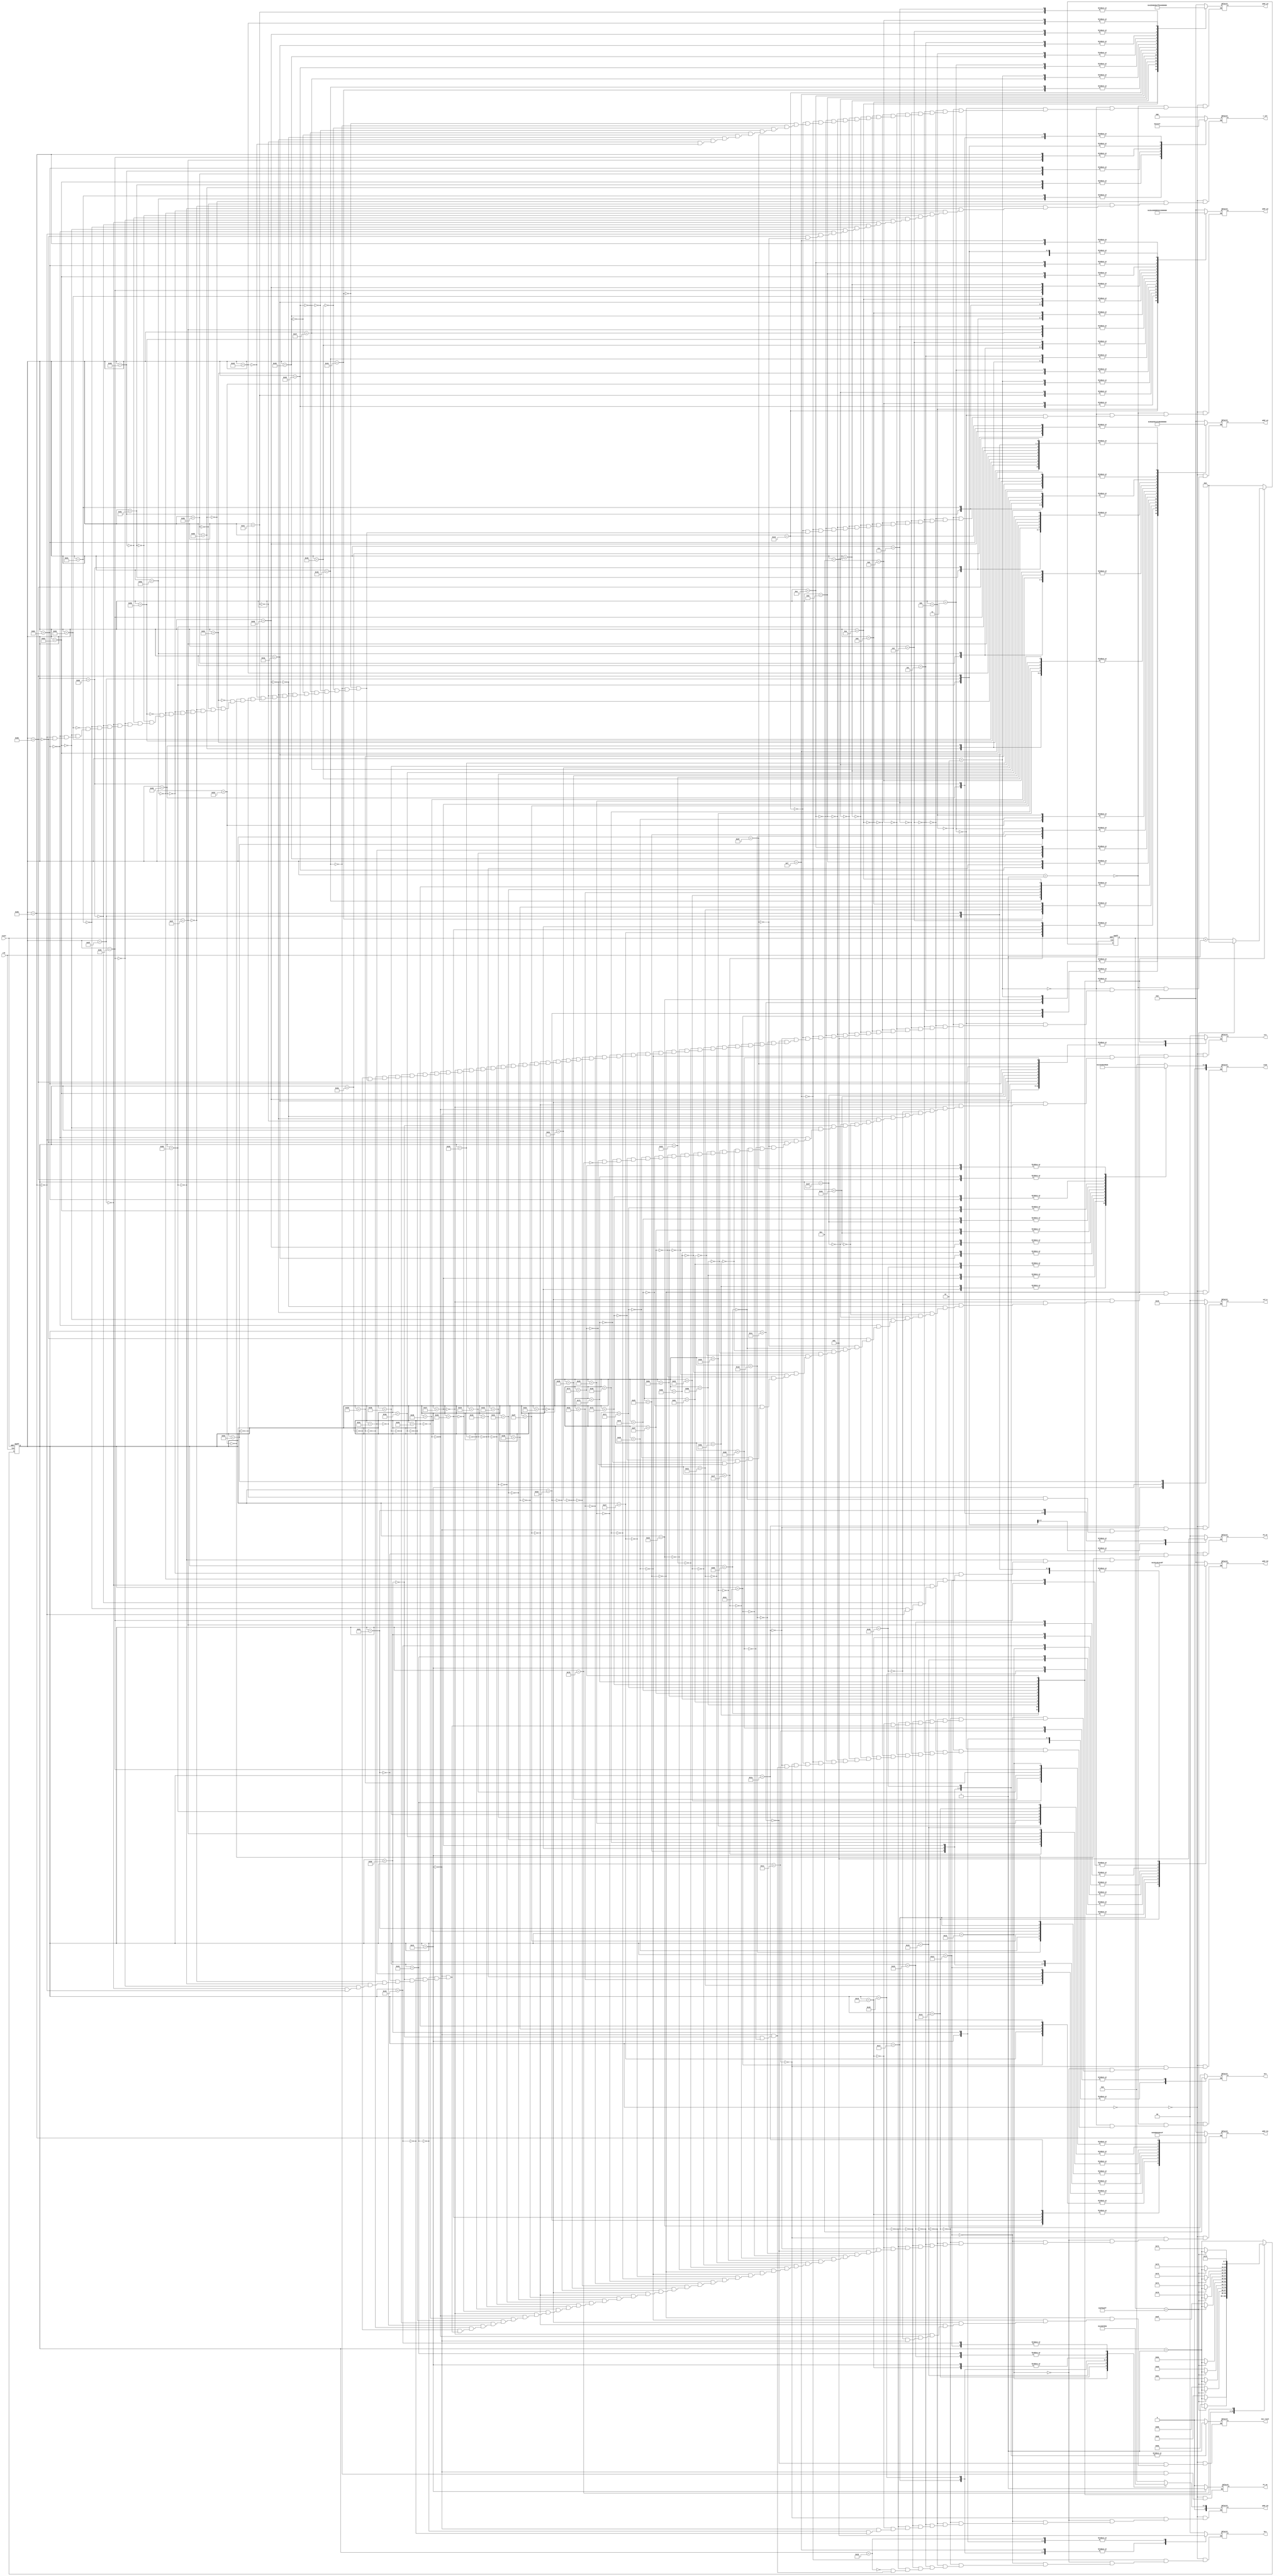
module Controller ( 	
  input clk,
	input reset,
	output reg P1_en,  //filter hold for 3x3
	output reg [1:0] P2_en, //filter hold for 2x2 rows
	output reg mux_reset,   //after serial conv
  output reg [2:0] c_sel, //1: acc 00 at c11
  output reg [1:0] sel_m, //00: 0, 01: s 10: 3x3 11: 2x2
  output reg [4:0] addr_a1,
  output reg [4:0] addr_a2,
  output reg [4:0] addr_a3,
  output reg [4:0] addr_b1,
  output reg [4:0] addr_b2,
  output reg [4:0] addr_b3,
  output reg [4:0] cond,
  output reg [1:0] arw,
  output reg [1:0] brw, 
  output reg [1:0] crw //11: read, 10:write, else: 0 	      
  );
	


reg [7:0] state;
reg [7:0] next_state;

reg [26:0] clk_cnt; 

parameter [26:0] COUNT_MAX = 99999999;

//parameter setting//
parameter INITIAL=0,  SERIAL_START=26, SERIAL_END=64, P1_START=65, P1_END=79, P2_START=80, P2_END=104, DISPLAY_S_C11=105, DISPLAY_S_C12=106, 
DISPLAY_S_C21=107, DISPLAY_S_C22=108, DISPLAY_3X3_C11=109, DISPLAY_3X3_C12=110, DISPLAY_3X3_C21=111, DISPLAY_3X3_C22=112,
DISPLAY_2X2_C11=113, DISPLAY_2X2_C12=114, DISPLAY_2X2_C21=115, DISPLAY_2X2_C22=116, END=117;

parameter add11=5'd0, add12=5'd1, add13=5'd2, add14=5'd3, add21=5'd4, add22=5'd5, add23=5'd6, add24=5'd7, add31=5'd8, add32=5'd9, add33=5'd10, 
add34=5'd11, add41=5'd12, add42=5'd13, add43=5'd14, add44=5'd15, bdd11=5'd0, bdd12=5'd1, bdd13=5'd2, bdd21=5'd3, bdd22=5'd4, bdd23=5'd5,
bdd31=5'd6, bdd32=5'd7, bdd33=5'd8, add00=5'b11111, bdd00=5'b11111;

always @ (state or clk_cnt)//DISPLAY STATE
begin
	case (state)
		DISPLAY_S_C11 : begin
			if (clk_cnt == COUNT_MAX)
				next_state = state + 8'd1;
			else
				next_state = DISPLAY_S_C11;
		end
		DISPLAY_S_C12 : begin
			if (clk_cnt == COUNT_MAX)
				next_state = state + 8'd1;
			else
				next_state = DISPLAY_S_C12;
		end
		DISPLAY_S_C21 : begin
			if (clk_cnt == COUNT_MAX)
				next_state = state + 8'd1;
			else
				next_state = DISPLAY_S_C21;
		end
		DISPLAY_S_C22 : begin
			if (clk_cnt == COUNT_MAX)
				next_state = state + 8'd1;
			else
				next_state = DISPLAY_S_C22;
		end
		DISPLAY_3X3_C11 : begin
			if (clk_cnt == COUNT_MAX)
				next_state = state + 8'd1;
			else
				next_state = DISPLAY_3X3_C11;
		end
		DISPLAY_3X3_C12 : begin
			if (clk_cnt == COUNT_MAX)
				next_state = state + 8'd1;
			else
				next_state = DISPLAY_3X3_C12;
		end
		DISPLAY_3X3_C21 : begin
			if (clk_cnt == COUNT_MAX)
				next_state = state + 8'd1;
			else
				next_state = DISPLAY_3X3_C21;
		end
		DISPLAY_3X3_C22 : begin
			if (clk_cnt == COUNT_MAX)
				next_state = state + 8'd1;
			else
				next_state = DISPLAY_3X3_C22;
		end
		DISPLAY_2X2_C11 : begin
			if (clk_cnt == COUNT_MAX)
				next_state = state + 8'd1;
			else
				next_state = DISPLAY_2X2_C11;
		end
		DISPLAY_2X2_C12 : begin
			if (clk_cnt == COUNT_MAX)
				next_state = state + 8'd1;
			else
				next_state = DISPLAY_2X2_C12;
		end
		DISPLAY_2X2_C21 : begin
			if (clk_cnt == COUNT_MAX)
				next_state = state + 8'd1;
			else
				next_state = DISPLAY_2X2_C21;
		end													
		DISPLAY_2X2_C22 : begin
			if (clk_cnt == COUNT_MAX)
				next_state = state + 8'd1;
			else
				next_state = DISPLAY_2X2_C22;		
		end
		END : begin
			next_state = END;
		end
		default : begin
			next_state = state + 8'd1;
		end
	endcase
end

always @ (state) //OUTPUT
begin
  //
	case (state)
	  INITIAL: begin
	  P1_en=1'b0;  //filter hold for 3x3
	  P2_en=2'd0; //filter hold for 2x2 rows
	  mux_reset=1'b0;   //after serial conv
    c_sel=3'd0; //1: acc 00 at c11
    sel_m=2'd0; //00: 0, 01: s 10: 3x3 11: 2x2
    addr_a1=5'd0;
    addr_a2=5'd0;
    addr_a3=5'd0;
    addr_b1=5'd0;
    addr_b2=5'd0;
    addr_b3=5'd0;
    cond=5'd0;
    arw=2'b10;
    brw=2'd0; 
    crw=2'd0;
  end
    //Start: Write input
		8'd1 : begin 
		  arw=2'b10;
		  addr_a1<=5'd0; 		addr_a2<=5'd0; 		addr_a3<=5'd0; 
		end
		8'd2 : begin 
		  arw=2'b10;
		  addr_a1<=5'd1; 		addr_a2<=5'd1; 		addr_a3<=5'd1; 
		end
		8'd3 : begin 
		  arw=2'b10;
		  addr_a1<=5'd2; 		addr_a2<=5'd2; 		addr_a3<=5'd2; 
		end
		8'd4 : begin 
		  arw=2'b10;
		  addr_a1<=5'd3; 		addr_a2<=5'd3; 		addr_a3<=5'd3; 
		end
		8'd5 : begin 
		  arw=2'b10;
		  addr_a1<=5'd4; 		addr_a2<=5'd4; 		addr_a3<=5'd4; 
		end
		8'd6 : begin 
		  arw=2'b10;
		  addr_a1<=5'd5; 		addr_a2<=5'd5; 		addr_a3<=5'd5; 
		end
		8'd7 : begin 
		  arw=2'b10;
		  addr_a1<=5'd6; 		addr_a2<=5'd6; 		addr_a3<=5'd6; 
		end
		8'd8 : begin 
		  arw=2'b10;
		  addr_a1<=5'd7; 		addr_a2<=5'd7; 		addr_a3<=5'd7; 
		end
		8'd9 : begin 
		  arw=2'b10;
		  addr_a1<=5'd8; 		addr_a2<=5'd8; 		addr_a3<=5'd8; 
		end		
		8'd10 : begin 
		  arw=2'b10;
		  addr_a1<=5'd9; 		addr_a2<=5'd9; 		addr_a3<=5'd9; 
		end
		8'd11 : begin 
		  arw=2'b10;
		  addr_a1<=5'd10; 		addr_a2<=5'd10; 		addr_a3<=5'd10; 
		end
		8'd12 : begin 
		  arw=2'b10;
		  addr_a1<=5'd11; 		addr_a2<=5'd11; 		addr_a3<=5'd11; 
		end
		8'd13 : begin 
		  arw=2'b10;
		  addr_a1<=5'd12; 		addr_a2<=5'd12; 		addr_a3<=5'd12; 
		end
		8'd14: begin 
		  arw=2'b10;
		  addr_a1<=5'd13; 		addr_a2<=5'd13; 		addr_a3<=5'd13; 
		end
		8'd15: begin 
		  arw=2'b10;
		  brw=2'b10;
		  addr_a1<=5'd14; 		addr_a2<=5'd14; 		addr_a3<=5'd14; 
		end
		8'd16: begin 
		  arw=2'b10;

		  addr_a1<=5'd15; 		addr_a2<=5'd15; 		addr_a3<=5'd15; 
		end

		8'd17: begin //filter input
			arw=2'b00;

		  addr_b1<=5'd0; 		addr_b2<=5'd0; 		addr_b3<=5'd0; 
		end
		8'd18: begin 
		  brw=2'b10;
		  addr_b1<=5'd1; 		addr_b2<=5'd1; 		addr_b3<=5'd1; 
		end
		8'd19: begin 
		  brw=2'b10;
		  addr_b1<=5'd2; 	 addr_b2<=5'd2; 		addr_b3<=5'd2; 
		end
		8'd20: begin 
		  brw=2'b10;
		  addr_b1<=5'd3; 	 addr_b2<=5'd3; 		addr_b3<=5'd3; 
		end
		8'd21: begin 
		  brw=2'b10;
		  addr_b1<=5'd4; 		addr_b2<=5'd4; 		addr_b3<=5'd4; 
		end
		8'd22: begin 
		  brw=2'b10;
		  addr_b1<=5'd5; 		addr_b2<=5'd5; 		addr_b3<=5'd5; 
		end
		8'd23: begin 
		  brw=2'b10;
		  addr_b1<=5'd6; 		addr_b2<=5'd6; 		addr_b3<=5'd6; 
		end
		8'd24: begin 
		  brw=2'b10;
		  addr_b1<=5'd7; 		addr_b2<=5'd7; 		addr_b3<=5'd7; 
		end
		8'd25: begin 

		  addr_b1<=5'd8; 		addr_b2<=5'd8; 		addr_b3<=5'd8; 
		end	
									
///////////////////////////////////////////////////////////////////////
		// Serial mode
       // Serial mode
		SERIAL_START : begin
		//module initiate
  		  arw=2'b11;

      sel_m <=2'b01;
			addr_a1 <= add11;
			addr_b1 <= bdd33;
		end
		8'd27 : begin
		  		  brw=2'b11;
		  
end
		// C11 starts
		8'd28 : begin
			mux_reset = 1'b0; 
			addr_a1 <= add12;
			addr_b1 <= bdd32;
		end
		8'd29 : begin
			addr_a1 <= add13;
			addr_b1 <= bdd31;
		end
		8'd30 : begin
			addr_a1 <= add21;
			addr_b1 <= bdd23;
		end
		8'd31 : begin
			addr_a1 <= add22;
			addr_b1 <= bdd22;
		end
		8'd32 : begin
			addr_a1 <= add23;
			addr_b1 <= bdd21;
		end
		8'd33 : begin
			addr_a1 <= add31;
			addr_b1 <= bdd13;
		end
		8'd34 : begin
			addr_a1 <= add32;
			addr_b1 <= bdd12;
		end
		8'd35 : begin
			addr_a1 <= add33;
			addr_b1 <= bdd11;
		end
		
	  8'd36 : begin
 			//C11 Write: CM to data need a wire
			addr_a1 <= add12;  
			addr_b1 <= bdd33;

		end
		// C12 START				
		8'd37 : begin

			crw=2'b10; cond=5'd0;
			addr_a1 <= add13;
			addr_b1 <= bdd32;
			mux_reset = 1'b1;
		end
		8'd38 : begin
		  		  crw=2'b00;
		  mux_reset = 1'b0;
			addr_a1 <= add14;
			addr_b1 <= bdd31;
		end
		8'd39 : begin
			addr_a1 <= add22;
			addr_b1 <= bdd23;
		end
		8'd40 : begin
			addr_a1 <= add23;
			addr_b1<= bdd22;
		end
		8'd41 : begin
			addr_a1 <= add24;
			addr_b1 <= bdd21;
		end
		8'd42 : begin
			addr_a1 <= add32;
			addr_b1 <= bdd13;
		end
		8'd43 : begin
			addr_a1 <= add33;
			addr_b1 <= bdd12;
		end
		8'd44 : begin	
			addr_a1 <= add34;
			addr_b1 <= bdd11;
		end

		8'd45 : begin

			addr_a1 <= add21;
			addr_b1 <= bdd33;

    end
		// C21 starts				
		8'd46 : begin 
		  		  			crw=2'b10; cond=5'd1;//c12 load
		  		  			mux_reset = 1'b1;



			addr_a1 <= add22;
			addr_b1<= bdd32;
		end
		8'd47 : begin
		  		  crw=2'b00;
		  	  		mux_reset = 1'b0;	

			addr_a1 <= add23;
			addr_b1 <= bdd31;
		end
		8'd48 : begin

			addr_a1 <= add31;
			addr_b1 <= bdd23;
		end
		8'd49 : begin
			addr_a1 <= add32;
			addr_b1 <= bdd22;
		end
		8'd50 : begin
			addr_a1 <= add33;
			addr_b1 <= bdd21;
		end
		8'd51 : begin
			addr_a1 <= add41;
			addr_b1 <= bdd13;
		end
		8'd52 : begin
			addr_a1 <= add42;
			addr_b1 <= bdd12;
		end
		8'd53 : begin
			addr_a1 <= add43;
			addr_b1 <= bdd11;

		end
    8'd54 : begin
//c21 load
			addr_a1 <= add22;
			addr_b1 <= bdd33;

		end
		// C22 starts
		8'd55 : begin
						 			crw=2'b10; cond=5'd2;

		  						mux_reset = 1'b1;

		  addr_a1 <= add23;
			addr_b1 <= bdd32;


		// C21 stored	
		end
		8'd56 : begin
					  crw=2'b00;
			addr_a1 <= add24;
			addr_b1 <= bdd31;
					  mux_reset = 1'b0;
		end
		8'd57 : begin
			addr_a1 <= add32;
			addr_b1 <= bdd23;
		end
		8'd58 : begin
		 addr_a1 <= add33;
			addr_b1 <= bdd22;
		end
		8'd59 : begin
			addr_a1 <= add34;
			addr_b1 <= bdd21;
		end
		8'd60 : begin
			addr_a1 <= add42;
			addr_b1 <= bdd13;
		end
		8'd61 : begin
			addr_a1 <= add43;
			addr_b1 <= bdd12;	
		end
		8'd62 : begin
			addr_a1 <= add44;
			addr_b1 <= bdd11;
		end
		8'd63 : begin

		end
		SERIAL_END : begin
		   			crw=2'b10; cond=5'd3;//c22 Load
 mux_reset=1'b1;		
		end	
//////////////////////////////////////////////////////////////////////
		// Parallel1 mode
		P1_START : begin //t0
		//module transition
	    mux_reset = 1'b0;
	          crw=2'b00; 
      sel_m=2'b10;
  		  arw=2'b11;
  		  brw=2'b11;
		  P1_en=1'b1;
			addr_b1 =bdd31; addr_b2=bdd32; addr_b3=bdd33;
		end 
		8'd66 : begin //t1
			addr_b1 =bdd21; addr_b2=bdd22; addr_b3=bdd23;
		end		
		8'd67 : begin //t2
			addr_b1 =bdd11; addr_b2=bdd12; addr_b3=bdd13;
		end
		8'd68 : begin //t3
			addr_a1 =add31; addr_a2=add00; addr_a3=add00;
		end
		8'd69 : begin //t4
		  P1_en=1'b0;
			addr_a1 =add32; addr_a2=add21; addr_a3=add00;
		end		
		8'd70 : begin //t5
			addr_a1 =add33; addr_a2=add22; addr_a3=add11;
		end
		8'd71 : begin //t6
			addr_a1 =add34; addr_a2=add23; addr_a3=add12;
		end
		8'd72 : begin //t7
			addr_a1 =add41; addr_a2=add24; addr_a3=add13;
		end		
		8'd73 : begin //t8: get c11
			addr_a1 =add42; addr_a2=add31; addr_a3=add14;
		  
		end
		8'd74 : begin //t9: get c12
			addr_a1 =add43; addr_a2=add32; addr_a3=add21;
			crw=2'b10; cond<=5'd4;

		end
		8'd75 : begin //t10

		  		  crw=2'b10; cond<=5'd5;
			addr_a1 =add44; addr_a2=add33; addr_a3=add22;
		end		
		8'd76 : begin //t11
				  crw=2'b00;
			addr_a1 =add00; addr_a2=add34; addr_a3=add23;
		end
		8'd77 : begin //t12:
			addr_a1 =add00; addr_a2=add00; addr_a3=add24;

		end
		8'd78 : begin //t13:
				  crw=2'b10; cond<=5'd6;

		end
		8'd79 : begin
		  			crw=2'b10; cond<=5'd7;
		end						// C22 stored
		
///////////////////////////////////////////////////////////////////////

		// Parallel2 mode
		//
		P2_START : begin //t0
		//module transition

  		  arw=2'b00;
  		  brw=2'b00;
		crw=2'b00;

  		  arw=2'b11;
  		  brw=2'b11;
			addr_b1 =bdd32; addr_b2=bdd33;
		end
		// C11 starts 
		8'd81 : begin //t1		      
		      addr_b1 =bdd31; addr_b2=bdd00;//else at parallel1
      P2_en=2'b11;
		end
		8'd82 : begin //t2
		sel_m=2'b11;
			addr_a1 =add13; addr_a2=add11;
		end
		8'd83 : begin //t3
		  P2_en = 2'b00; //filter keep
			addr_a1 =add14; addr_a2=add12;
		end
		8'd84 : begin //t4
			addr_a1 =add00; //0 at a1
			addr_a2=add13;	
		end
		8'd85 : begin //t5-get partial sum of c11
		  addr_a1 =add23; addr_a2=add21;
			c_sel=3'b100;
		end
		8'd86 : begin //t6-get p_sum for c12
			addr_a1 =add24; addr_a2=add22;
			c_sel=3'b101;
		end
		8'd87 : begin //t7
			addr_a1 =add00; addr_a2=add23;
			addr_b1 =bdd22; addr_b2=bdd23; 
			c_sel=3'b001;
		end
		8'd88 : begin //t8-get c21
			addr_a1 =add00; addr_a2=add00;
			addr_b1 =bdd21; addr_b2=bdd00;
			c_sel=3'b110;
			P2_en=2'b10;
		end
		8'd89 : begin //t9-get c22
			addr_a1 =add23; addr_a2=add21; 
			c_sel=3'b111;
			P2_en=2'b11;
		end
		8'd90 : begin //t10 
			addr_a1 =add24; addr_a2=add22; 
			c_sel=3'b011;
			P2_en=2'b00;
		end
		8'd91 : begin //t11
			addr_a1 =add00; addr_a2=add23; 
		end
		8'd92 : begin //t12-get partial sum of c11
			addr_a1 =add33; addr_a2=add31;
			c_sel=3'b100;
		end
		8'd93 : begin //t13-get p_sum for c12
			addr_a1 =add34; addr_a2=add32;
			c_sel=3'b101;
		end
		8'd94 : begin //t14
			addr_a1 =add00; addr_a2=add33;
			addr_b1 =bdd12; addr_b2=bdd13; 
			c_sel=3'b001;
		end
		8'd95 : begin //t15-get c21
			addr_a1 =add00; addr_a2=add00;
			addr_b1 =bdd11; addr_b2=bdd00;
			c_sel=3'b110;
			P2_en=2'b10;
		end
		8'd96 : begin //t16-get c22
			addr_a1 =add33; addr_a2=add31; 
			c_sel=3'b111;
			P2_en=2'b11;
		end
		8'd97 : begin //t17
			addr_a1 =add34; addr_a2=add32; 
			c_sel=3'b011;
			P2_en=2'b00;
		end
		8'd98 : begin //t18
			addr_a1 =add00; addr_a2=add33; 
		end
		8'd99 : begin //t19: p2_c11
			addr_a1 =add43; addr_a2=add41;
			c_sel=3'b100;
		  crw=2'b10; cond<=5'd8;
		end
		8'd100 : begin //t20: p2_c12
			addr_a1 =add44; addr_a2=add42;
			c_sel=3'b101;
			crw=2'b10; cond<=5'd9;
		end
		8'd101 : begin //t21
		  P2_en<=2'b00;
			addr_a1 =add00; addr_a2=add43;
			addr_b1 =bdd00; addr_b2=bdd00; 
			c_sel=3'b001; crw=2'b00;
		end
		8'd102 : begin //t22: p2_c21
			addr_a1 =add00; addr_a2=add00;
			c_sel=3'b110;
			crw=2'b10; cond<=5'd10;
		end
		8'd103: begin //t23: p2_c22
			c_sel=3'b111;
		  crw=2'b10; cond<=5'd11; 	
		end
		P2_END : begin //t24 c22 store

  		  arw=2'b00;
  		  brw=2'b00;
		  crw=2'b10;  		  
		end	
		
		//timing consideration
		DISPLAY_S_C11 : begin
    crw=2'b11; cond=5'd0;
          sel_m=2'b00;
    //memory address for out_conv
		end
		DISPLAY_S_C12 : begin
		  crw=2'b11; cond=5'd1;
    //memory address for out_conv
		end
		DISPLAY_S_C21 : begin
		  crw=2'b11; cond=5'd2;
    //memory address for out_conv
		end
		DISPLAY_S_C22 : begin
        crw=2'b11; cond=5'd3;
    //memory address for out_conv
		end
		DISPLAY_3X3_C11 : begin
        crw=2'b11; cond=5'd4;		  
    //memory address for out_conv
		end
		DISPLAY_3X3_C12 : begin
        crw=2'b11; cond=5'd5;		  
    //memory address for out_conv
		end
		DISPLAY_3X3_C21 : begin
        crw=2'b11; cond=5'd6;
      //memory address for out_conv
		end
		DISPLAY_3X3_C22 : begin
        crw=2'b11; cond=5'd7;		  
      //memory address for out_conv
		end
		DISPLAY_2X2_C11 : begin
        crw=2'b11; cond=5'd8;
      //memory address for out_conv
		end
		DISPLAY_2X2_C12 : begin
        crw=2'b11; cond=5'd9;		  
      //memory address for out_conv
		end
		DISPLAY_2X2_C21 : begin
        crw=2'b11; cond=5'd10;		  
      //memory address for out_conv
		end
		DISPLAY_2X2_C22 : begin
        crw=2'b11; cond=5'd11;		  
      //memory address for out_conv
		end
		END : begin
			crw=2'b00;
		end

	endcase
end

always @ (posedge clk or posedge reset) //state_transition
begin
	if (reset)
		state <= INITIAL;
	else
		state <= next_state;
end

always @ (posedge clk or posedge reset) //clock counter
begin 
	if (reset) begin
		clk_cnt <= 27'd0;
	end else begin
		case (state)
      DISPLAY_S_C11, DISPLAY_S_C12, DISPLAY_S_C21, DISPLAY_S_C22,
      DISPLAY_3X3_C11, DISPLAY_3X3_C12, DISPLAY_3X3_C21, DISPLAY_3X3_C22,
      DISPLAY_2X2_C11, DISPLAY_2X2_C12, DISPLAY_2X2_C21, DISPLAY_2X2_C22 : begin
				if (clk_cnt == COUNT_MAX)
					clk_cnt <= 27'd0;
				else
					clk_cnt <= clk_cnt + 27'd1;	
			end
			default : begin
				clk_cnt <= 27'd0;
			end
		endcase
	end
end

endmodule